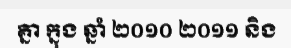
គ្នា ក្នុង ឆ្នាំ ២០១០ ២០១១ និង